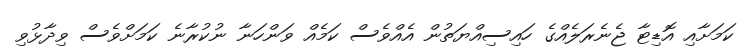
ކަމަށާއި އޮޑިޓާ ޖެނެރަލެއްގެ ހައިސިއްޔަތުން އެއްވެސް ކަމެއް ވަންހަނާ ނުކުރާނެ ކަމަށްވެސް ވިދާޅުވި